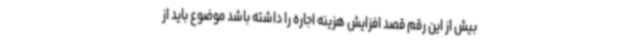
بیش از این رقم قصد افزایش هزینه اجاره را داشته باشد موضوع باید از